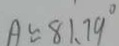
A \approx 8 1 . 7 9 ^ { \circ }